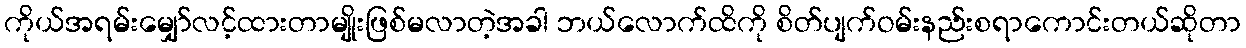
ကိုယ်အရမ်းမျှော်လင့်ထားတာမျိုးဖြစ်မလာတဲ့အခါ ဘယ်လောက်ထိကို စိတ်ပျက်ဝမ်းနည်းစရာကောင်းတယ်ဆိုတာ